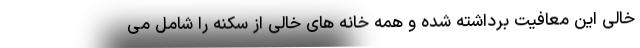
خالی این معافیت برداشته شده و همه خانه های خالی از سکنه را شامل می